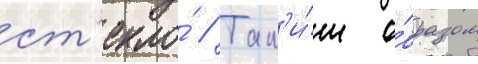
ст'екло́ // Так'и́м о́бразом